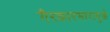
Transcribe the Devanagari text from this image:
गैरकारभारामुळे